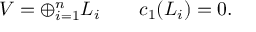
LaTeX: V = \oplus _ { i = 1 } ^ { n } L _ { i } \qquad c _ { 1 } ( L _ { i } ) = 0 .